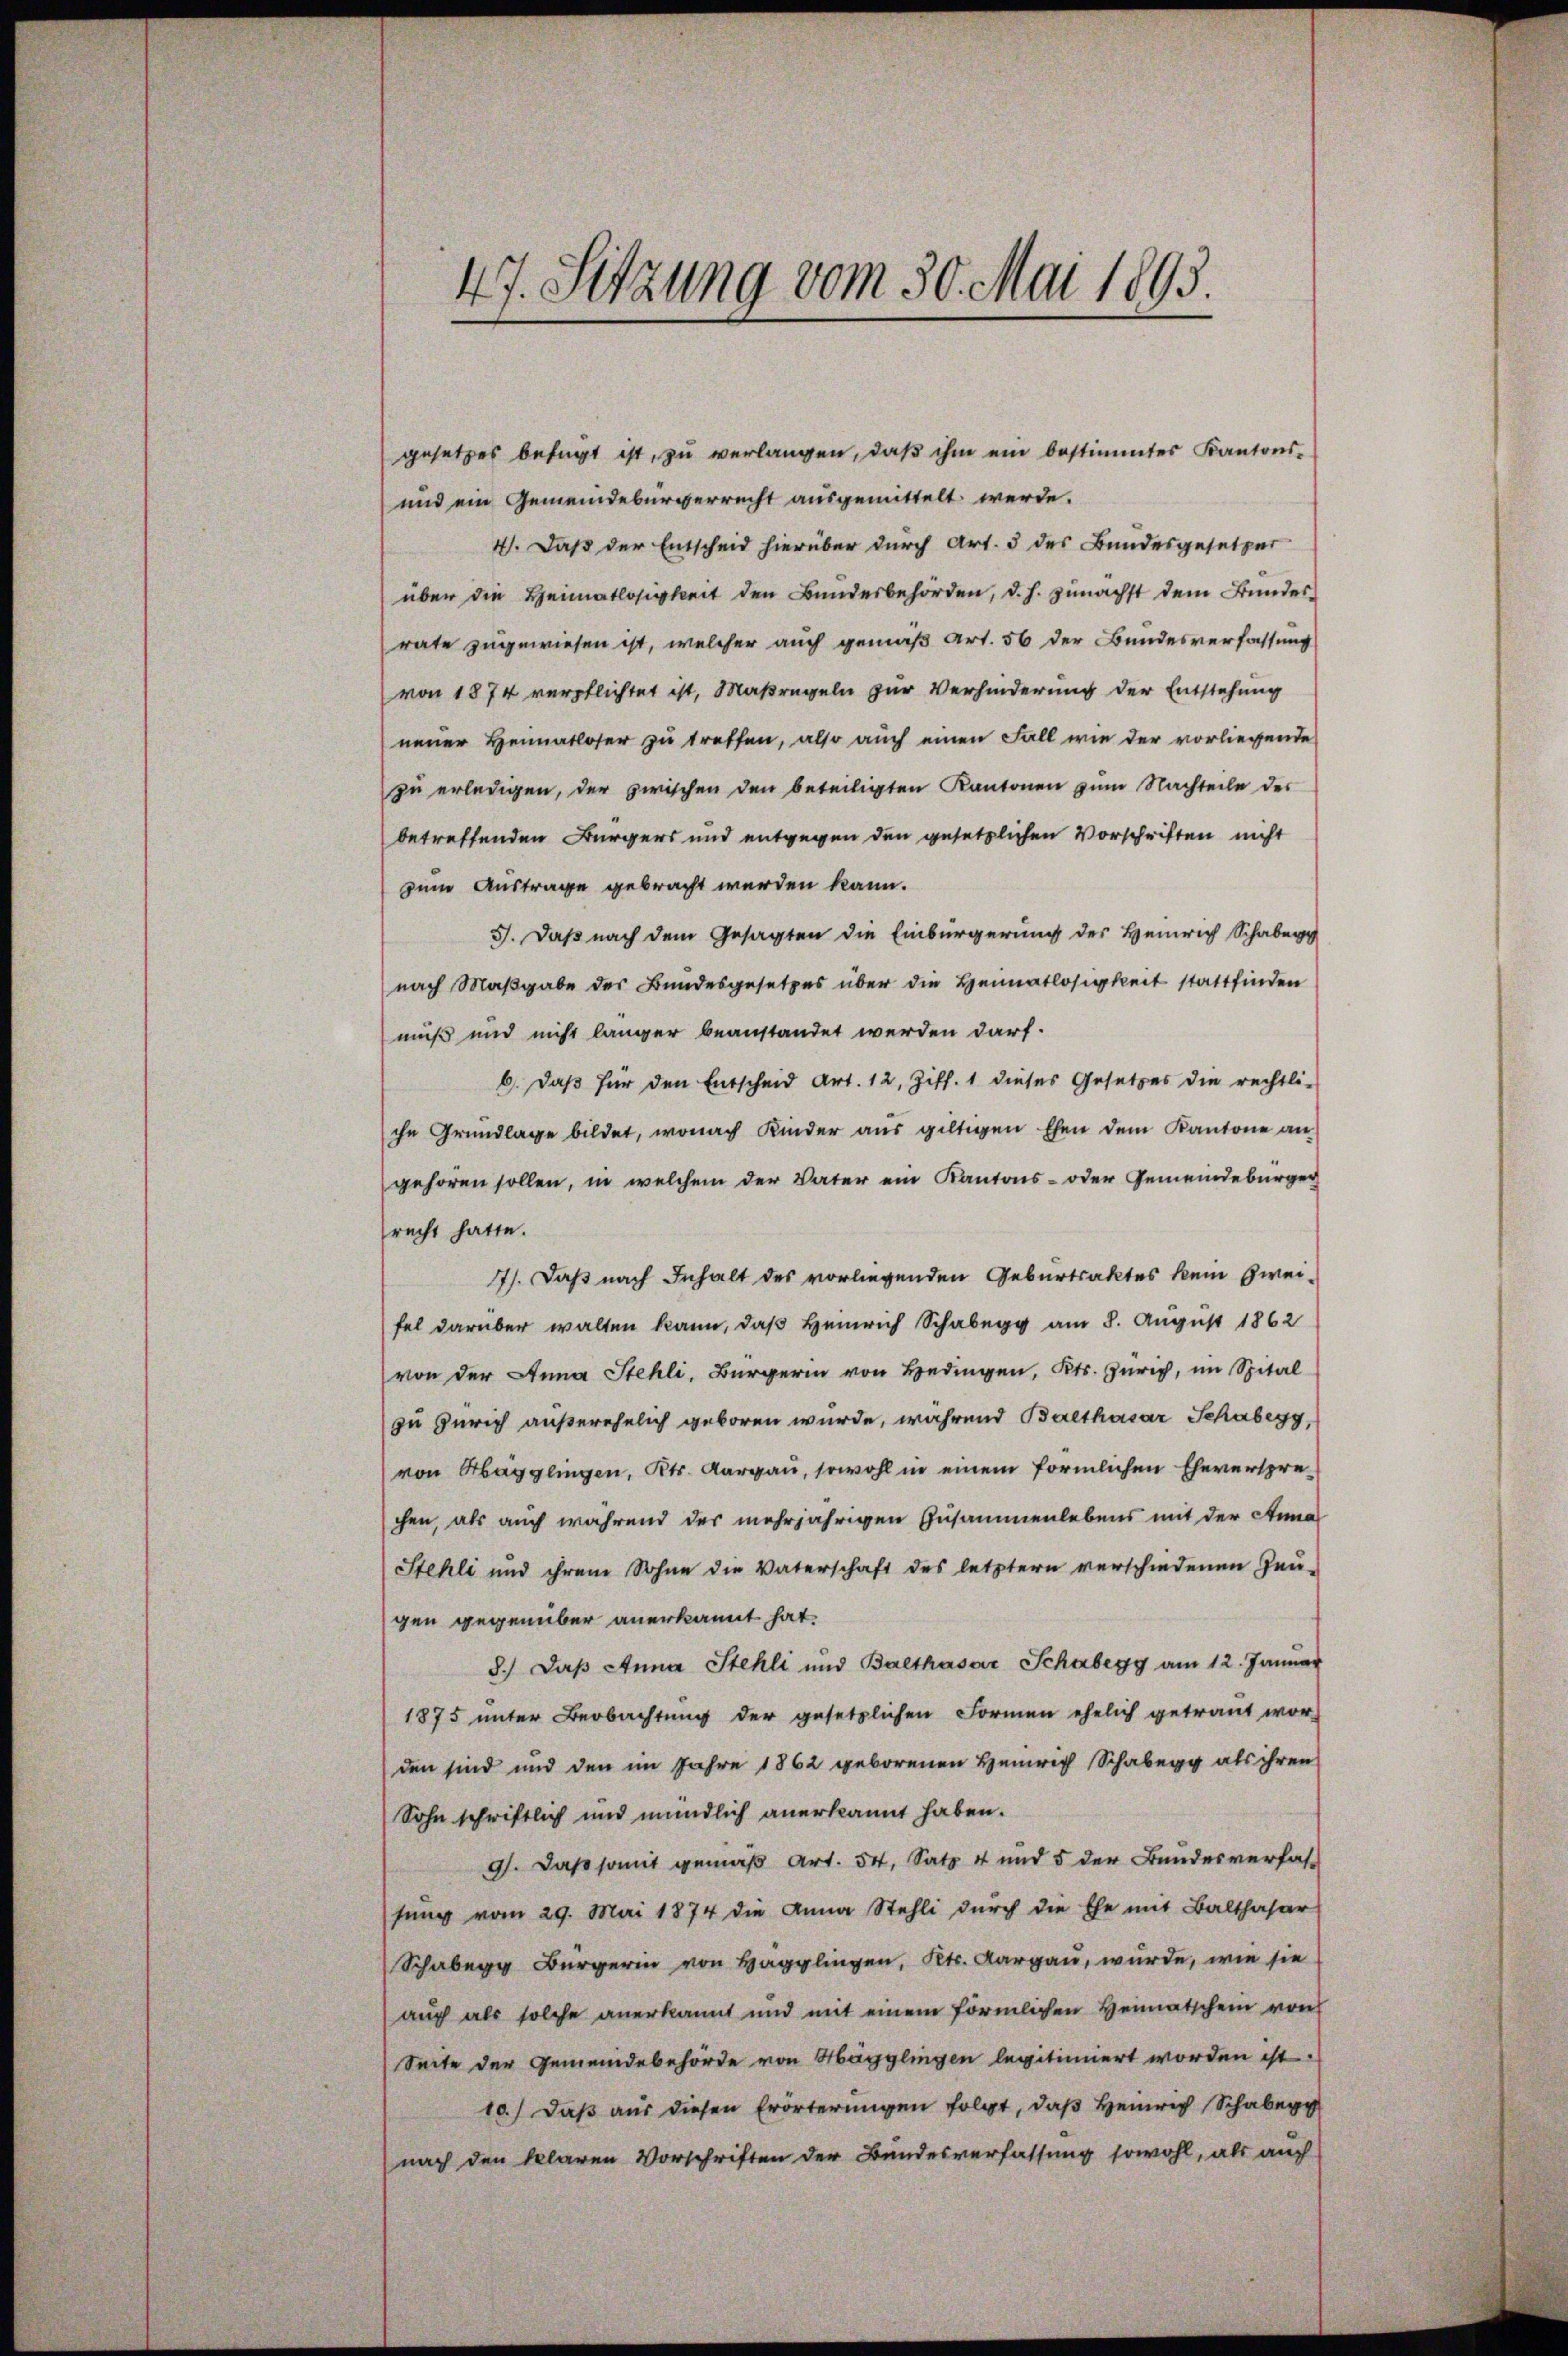
47. Sitzung vom 30. Mai 1893.

gesetzes befugt ist, zu verlangen, daß ihm ein bestimmtes Kantons-
und ein Gemeindebürgerrecht ausgemittelt werde.
4). Daß der Entscheid hierüber durch Art. 3 des Bundesgesetzer
über die Heimatlosigkeit den Bundesbehörden, d. h. zunächst dem Bundes-
rate zugewiesen ist, welcher auch gemäß Art. 56 der Bundesverfassung
von 1874 verpflichtet ist, Maßregeln zur Verhinderung der Entstehung
neuer Heimatloser zu treffen, also auch einen Fall wie der vorliegende
zu erledigen, der zwischen den beteiligten Kantonen zum Nachteile des
betreffenden Bürgers und entgegen den gesetzlichen Vorschriften nicht
zum Austrage gebracht werden kann.
5). Daß nach dem Gesagten die Einbürgerung des Heinrich Schaben
nach Maßgabe des Bundesgesetzes über die Heimatlosigkeit stattfinden
muß und nicht länger beanstandet werden darf.
b. daβ für den Entscheid Art. 12, Ziff. 1 dieses Gesetzes die rechtli-
che Grundlage bildet, wonach Kinder aus giltigen Ehen dem Kantone an
gehören sollen, in welchem der Vater ein Kantons- oder Gemeindebürger
recht hatte.
77). Daß nach Inhalt des vorliegenden Geburtsaktes kein Zweifel darüber walten kann, daß Heinrich Schabe am 8. August 1862
von der Anna Stehli, Bürgerin von Hedingen, Kts. Zürich, im Spital
zu Zürich außerehelich geboren wurde, während Balthasar Schaberg,
von Hägglingen, Kts. Aargau, sowohl in einem förmlichen Eheverspre-
chen, als auch während der mehrjährigen Zusammenlebens mit der Anna
Stehli und ihrem Sohne die Vaterschaft des letztern verschiedenen Gen-
gen gegenüber anerkannt hat.
8.) Daß Anna Stehli und Balthasar Schabegg am 12. Januar
1875 unter Beobachtung der gesetzlichen Formen ehelich getraut wor-
den sind und den im Jahre 1862 geborenen Heinrich Schabegg als ihren
Sohn schriftlich und mündlich anerkannt haben.
9. Daß somit gemäß Art. 54, Satz 4 und 5 der Bundesverfas-
sung vom 29. Mai 1874 die Anna Stehli dŭrch die Ehe mit Balthasar
Schaber Bürgerin von Hagglingen, Kts. Aargau, wurde, wie sie
auch als solche anerkannt und mit einem förmlichen Heimatschein von
Seite der Gemeindebehörde von Hägglingen legitimiert worden ist.
10.) Daß aus diesen Erörterungen folgt, daß Heinrich Schabe
nach den klaren Vorschriften der Bundesverfassung sowohl, als auch